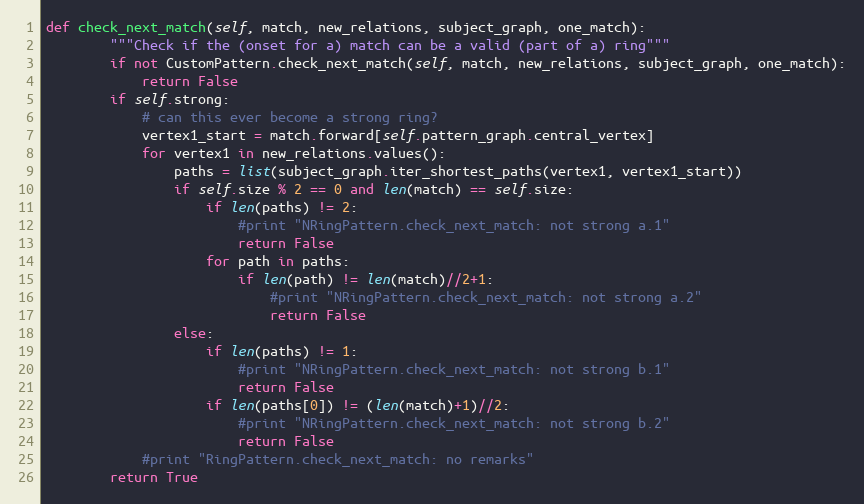
Language: Python
def check_next_match(self, match, new_relations, subject_graph, one_match):
        """Check if the (onset for a) match can be a valid (part of a) ring"""
        if not CustomPattern.check_next_match(self, match, new_relations, subject_graph, one_match):
            return False
        if self.strong:
            # can this ever become a strong ring?
            vertex1_start = match.forward[self.pattern_graph.central_vertex]
            for vertex1 in new_relations.values():
                paths = list(subject_graph.iter_shortest_paths(vertex1, vertex1_start))
                if self.size % 2 == 0 and len(match) == self.size:
                    if len(paths) != 2:
                        #print "NRingPattern.check_next_match: not strong a.1"
                        return False
                    for path in paths:
                        if len(path) != len(match)//2+1:
                            #print "NRingPattern.check_next_match: not strong a.2"
                            return False
                else:
                    if len(paths) != 1:
                        #print "NRingPattern.check_next_match: not strong b.1"
                        return False
                    if len(paths[0]) != (len(match)+1)//2:
                        #print "NRingPattern.check_next_match: not strong b.2"
                        return False
            #print "RingPattern.check_next_match: no remarks"
        return True